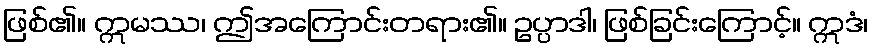
ဖြစ်၏။ ဣမဿ၊ ဤအကြောင်းတရား၏။ ဥပ္ပာဒါ၊ ဖြစ်ခြင်းကြောင့်။ ဣဒံ၊